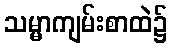
သမ္မာကျမ်းစာထဲ၌